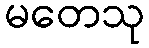
မတေသု